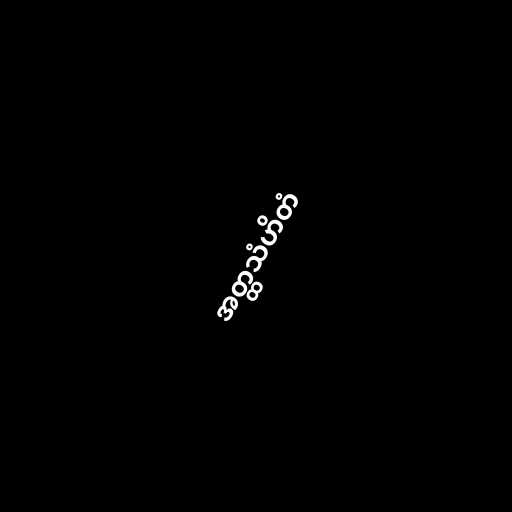
အတ္ထသံဟိတံ